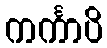
ကင်္ကာပိ